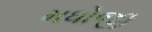
મધોજી